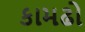
કામઢો